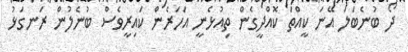
ދޯ ބުނެބަލަ އޭނަ ކީއްތަ ކޮއްދީގެން ތިއުޅެނީ އަހަރެން ކައިރީވެސް ބުނެލުން ރަނގަޅު